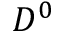
D ^ { 0 }